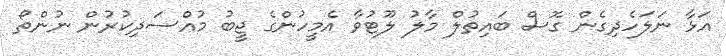
އަޅާ ނަލަހެދިގެން ގޮސް ބައިތުލް މާލު ލޫޓުވާ އެމީހުންގެ ޖީބު މުއްސަދިކުރުން ނުންތޯ